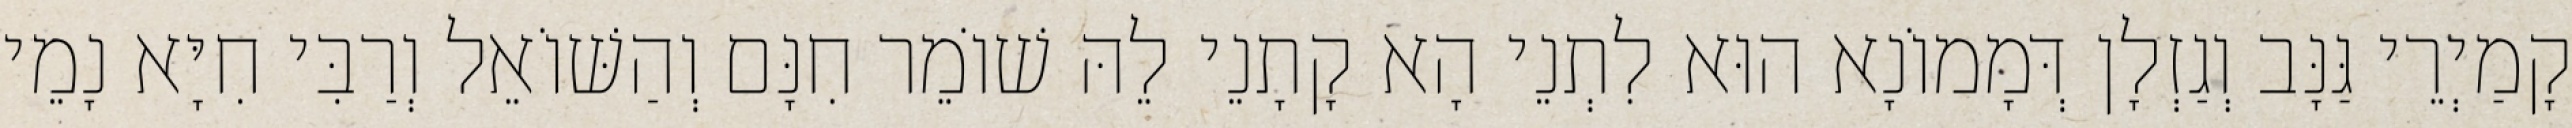
קָמַיְרֵי גַּנָּב וְגַזְלָן דְּמָמוֹנָא הוּא לִתְנֵי הָא קָתָנֵי לֵהּ שׁוֹמֵר חִנָּם וְהַשּׁוֹאֵל וְרַבִּי חִיָּא נָמֵי